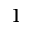
1